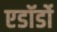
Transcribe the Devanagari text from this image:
एडॉर्डो